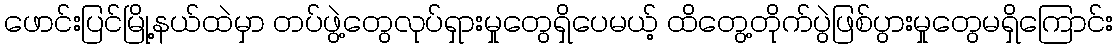
ဖောင်းပြင်မြို့နယ်ထဲမှာ တပ်ဖွဲ့တွေလုပ်ရှားမှုတွေရှိပေမယ့် ထိတွေ့တိုက်ပွဲဖြစ်ပွားမှုတွေမရှိကြောင်း